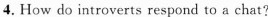
4.How do introverts respond te a chat?